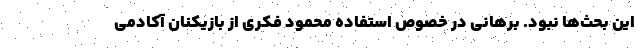
این بحث‌ها نبود. برهانی در خصوص استفاده محمود فکری از بازیکنان آکادمی